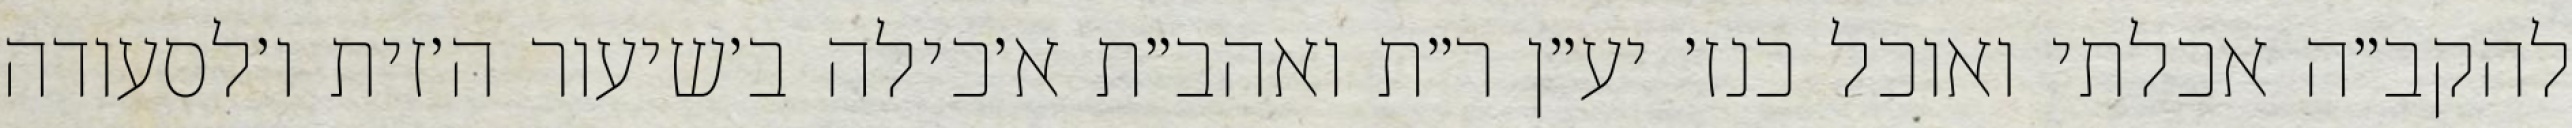
להקב״ה אכלתי ואוכל כנז׳ יע״ן ר״ת ואהב״ת א׳כילה ב׳שיעור ה׳זית ו׳לסעודה